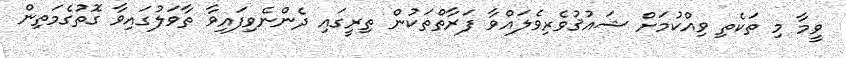
ވީމާ މި ތަކެތި ވިއްކުމަށް ޝައުޤުވެރިވެލައްވާ ފަރާތްތަކުން ތިރީގައި ދެންނެވިފައިވާ ތާވަލުގައިވާ ގޮތުގެމަތިން